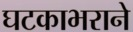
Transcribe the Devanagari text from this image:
घटकाभराने